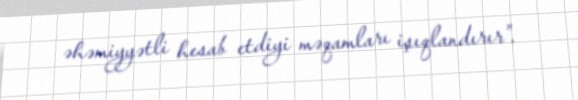
əhəmiyyətli hesab etdiyi məqamları işıqlandırır”.